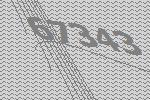
67343